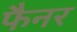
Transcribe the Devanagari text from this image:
फैनर